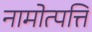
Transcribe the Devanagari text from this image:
नामोत्पत्ति